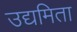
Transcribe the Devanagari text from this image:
उद्यमिता